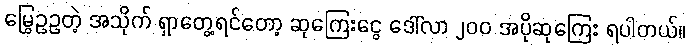
မြွေဥဥတဲ့ အသိုက် ရှာတွေ့ရင်တော့ ဆုကြေးငွေ ဒေါ်လာ ၂၀၀ အပိုဆုကြေး ရပါတယ်။